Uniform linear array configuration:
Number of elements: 16
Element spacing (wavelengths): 0.5
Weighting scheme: cosine
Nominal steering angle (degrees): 45
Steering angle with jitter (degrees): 46.856
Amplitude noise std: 0.05
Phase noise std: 0.05

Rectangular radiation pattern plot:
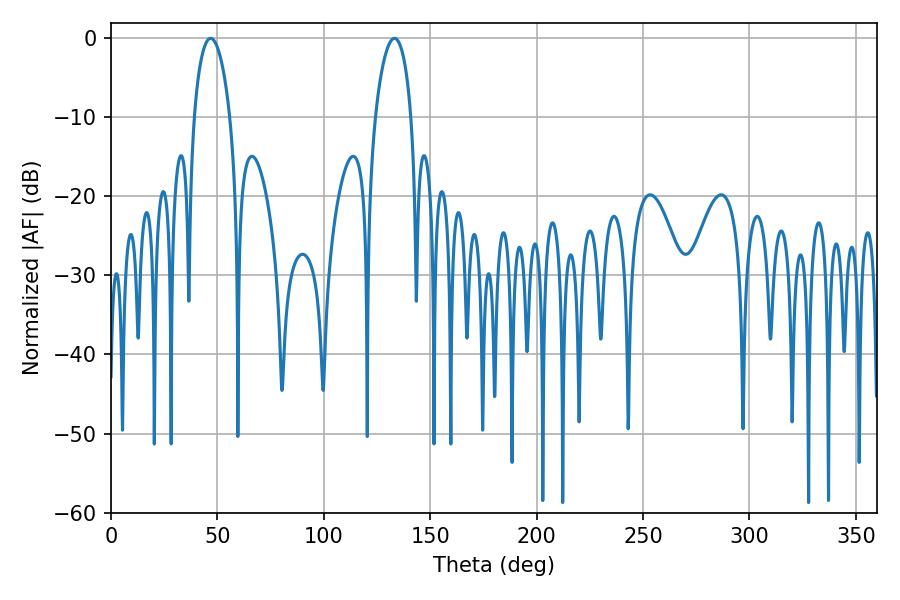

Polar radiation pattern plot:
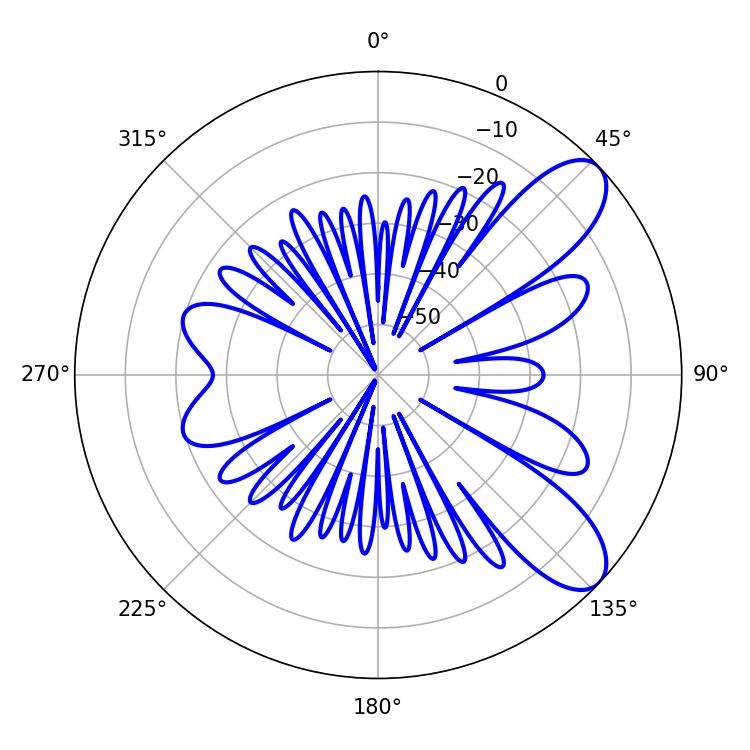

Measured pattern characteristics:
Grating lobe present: FALSE
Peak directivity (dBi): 8.809
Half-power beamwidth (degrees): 9.54
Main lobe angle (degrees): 46.8